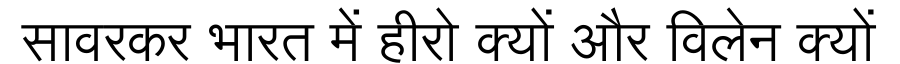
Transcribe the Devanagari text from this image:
सावरकर भारत में हीरो क्यों और विलेन क्यों